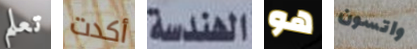
تعلم أكدت الهندسة هو واتسون